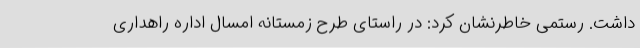
داشت. رستمی خاطرنشان کرد: در راستای طرح زمستانه امسال اداره راهداری